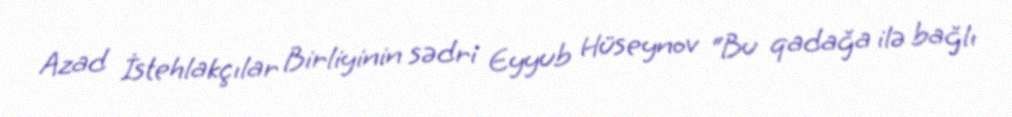
Azad İstehlakçılar Birliyinin sədri Eyyub Hüseynov “Bu qadağa ilə bağlı